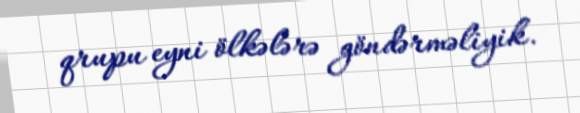
qrupu eyni ölkələrə göndərməliyik.